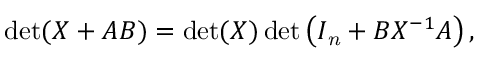
\operatorname* { d e t } ( X + A B ) = \operatorname* { d e t } ( X ) \operatorname* { d e t } \left( I _ { \mathit { n } } + B X ^ { - 1 } A \right) ,